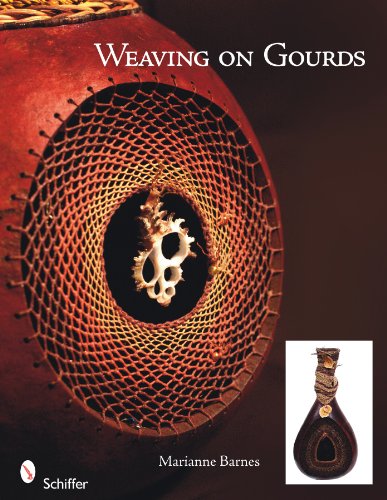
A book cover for Weaving on Gourds; Marianne Barnes; Crafts, Hobbies & Home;